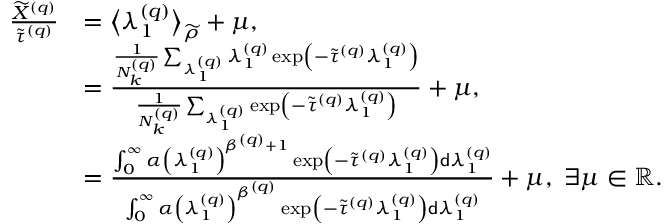
\begin{array} { r l } { \frac { \widetilde { X } ^ { \left( q \right) } } { \widetilde { \tau } ^ { \left( q \right) } } } & { = \big \langle \lambda _ { 1 } ^ { \left( q \right) } \big \rangle _ { \widetilde { \rho } } + \mu , } \\ & { = \frac { \frac { 1 } { N _ { k } ^ { \left( q \right) } } \sum _ { \lambda _ { 1 } ^ { \left( q \right) } } \lambda _ { 1 } ^ { \left( q \right) } \exp \left( - \widetilde { \tau } ^ { \left( q \right) } \lambda _ { 1 } ^ { \left( q \right) } \right) } { \frac { 1 } { N _ { k } ^ { \left( q \right) } } \sum _ { \lambda _ { 1 } ^ { \left( q \right) } } \exp \left( - \widetilde { \tau } ^ { \left( q \right) } \lambda _ { 1 } ^ { \left( q \right) } \right) } + \mu , } \\ & { = \frac { \int _ { 0 } ^ { \infty } \alpha \left( \lambda _ { 1 } ^ { \left( q \right) } \right) ^ { \beta ^ { \left( q \right) } + 1 } \exp \left( - \widetilde { \tau } ^ { \left( q \right) } \lambda _ { 1 } ^ { \left( q \right) } \right) \mathsf { d } \lambda _ { 1 } ^ { \left( q \right) } } { \int _ { 0 } ^ { \infty } \alpha \left( \lambda _ { 1 } ^ { \left( q \right) } \right) ^ { \beta ^ { \left( q \right) } } \exp \left( - \widetilde { \tau } ^ { \left( q \right) } \lambda _ { 1 } ^ { \left( q \right) } \right) \mathsf { d } \lambda _ { 1 } ^ { \left( q \right) } } + \mu , \; \exists \mu \in \mathbb { R } . } \end{array}